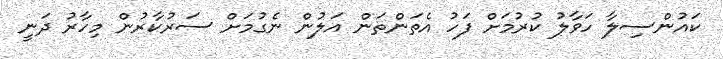
ކައުންސިލާ ހަވާލު ކުރުމަށް ފަހު އެތަންތަން އަލުން ނެގުމަށް ސަރުކާރުން މިހާރު ދަނީ